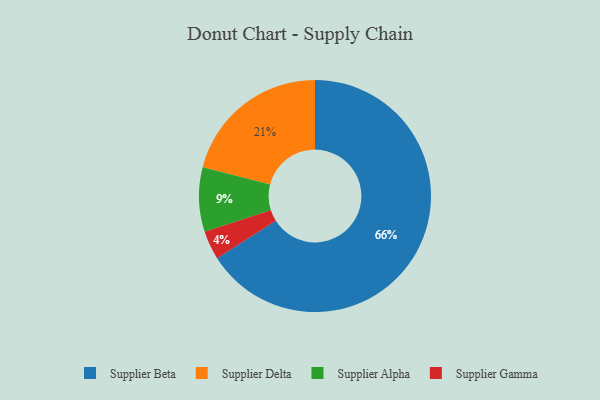
{"axis": {"x": "Category", "y": "Percentage"}, "legend": ["Supplier Alpha", "Supplier Beta", "Supplier Delta", "Supplier Gamma"], "data": [{"x": "Supplier Alpha", "y": 9, "type": "Supplier Alpha"}, {"x": "Supplier Beta", "y": 66, "type": "Supplier Beta"}, {"x": "Supplier Delta", "y": 21, "type": "Supplier Delta"}, {"x": "Supplier Gamma", "y": 4, "type": "Supplier Gamma"}]}